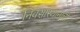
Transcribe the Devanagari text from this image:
निवसास्थानाची